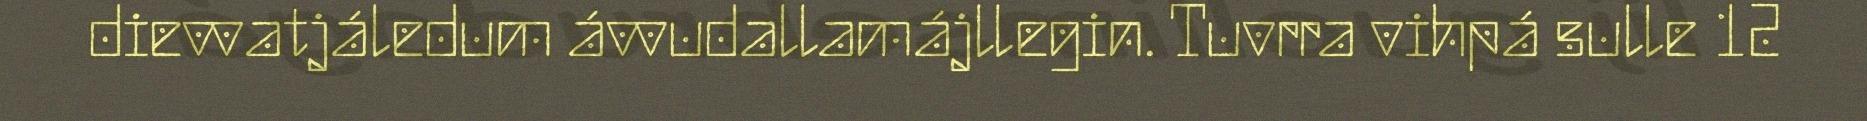
dievvatjáledum ávvudallamájllegin. Tuvrra vihpá sulle 12